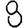
Digit: 8